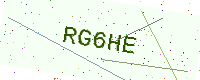
Text: RG6HE